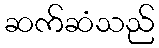
ဆက်ဆံသည်